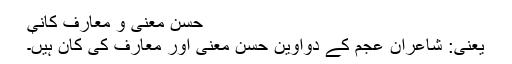
حُسنِ معنی و معارف کانې
یعنی: شاعرانِ عجم کے دواوین حُسنِ معنی اور معارف کی کان ہیں۔